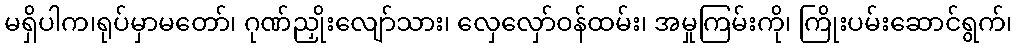
မရှိပါက၊ရုပ်မှာမတော်၊ ဂုဏ်ညှိုးလျော်သား၊ လှေလှော်ဝန်ထမ်း၊ အမှုကြမ်းကို၊ ကြိုးပမ်းဆောင်ရွက်၊